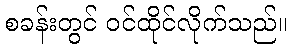
စခန်းတွင် ဝင်ထိုင်လိုက်သည်။